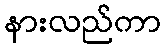
နားလည်ကာ